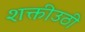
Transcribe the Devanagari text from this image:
शक्तीउठी